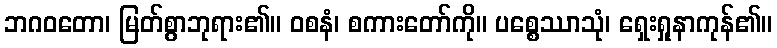
ဘဂဝတော၊ မြတ်စွာဘုရား၏။ ဝစနံ၊ စကားတော်ကို။ ပစ္စေဿာသုံ၊ ရှေးရှုနာကုန်၏။